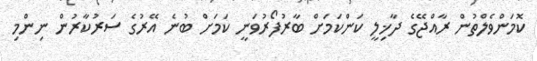
ކޮމަންވެލްތުން ރާއްޖޭގެ ދާޚިލީ ކަންކަމަށް ބާރުފޯރުވަނީ ކަމަށް ބުނެ އޭރުގެ ސަރުކާރުން ނިންމި